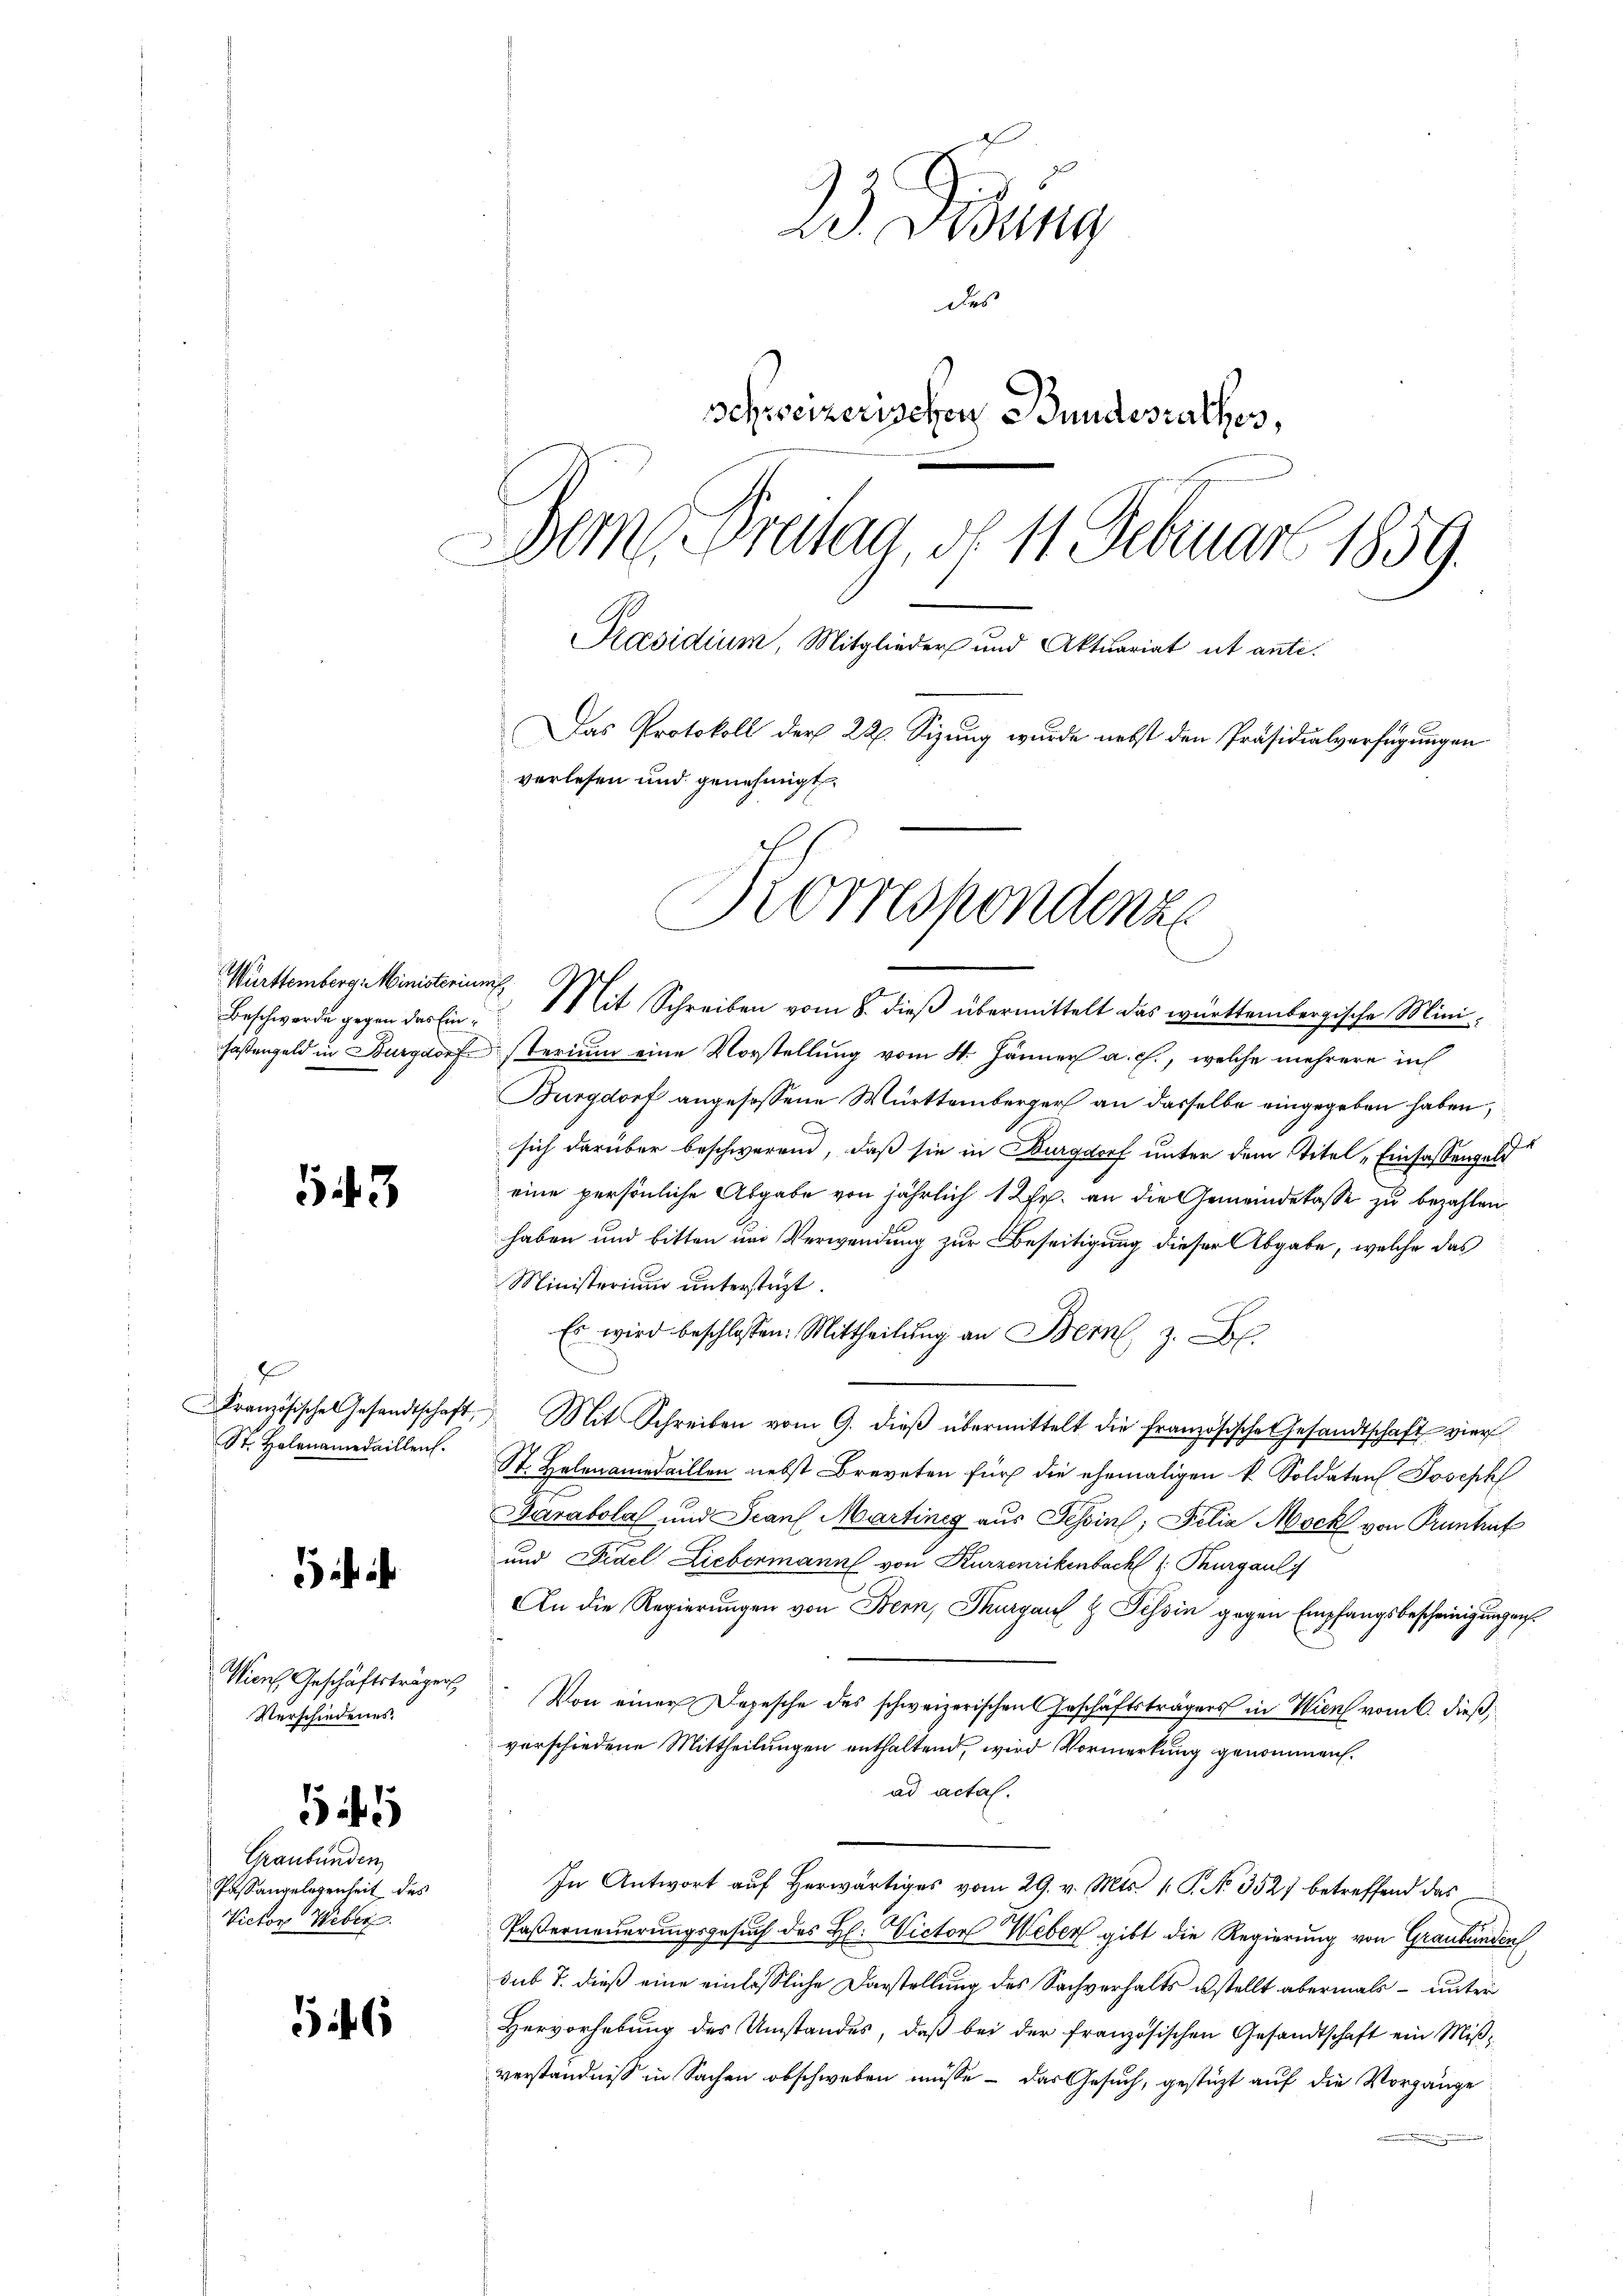
Württemberg: Ministeriums
Beschwerde gegen das Ein¬

543

St. Holznamedaillen.

ist ihr

Wien Geschäftsträgers
Verschiedenes

5

Graubünden
Passangelegenheit des
Victor Weber

546

W. Ordung
das
Schweizerischen Bundesrathes,
Dem Breitag, d. 11. Februar 1859.
Präsidium, Mitglieder und Aktuariat et ante.
Das Protokoll der 22. Sizung wurde nebst den Präsidialverfügungen
verlesen und genehmigt.

Korrespondenze
Mit Schreiben vom 8. dieß übermittelt das württembergische Mini¬

hasengeld in Burgdorf sterium eine Vorstellung vom 4. Jänner a. c., welche mehrere in
Burgdorf angesessene Württemberger an dasselbe eingegeben haben,
C
sich darüber beschwerend, daß sie in Burgdorf unter dem Titel „Einfassengeld
eine persönliche Abgabe von jährlich 1 2fr. an die Gemeindekasse zu bezahlen
haben und bitten und Verwendung zur Beseitigung dieser Abgabe, welche das
Ministerium untersteht.
Es wird beschlossen: Mittheilŭng an Bern, z. B.
Französische Gesandtschaft. Mit Schreiben vom 9. dieß übermittelt die Französische Gesandtschaft vier
St. Helenamedaillen nebst Breveten für die ehemaligen k. Soldaten Joseph
irabola und Scanf Martines aus Tessin, Felia Mock von Pruntrut
und Fidel Liebermann von Kurzenrikenbach Thurgauli
An die Regierungen von Bern, Thurgau & Tessin gegen Empfangsbescheinigungen
Von einer Depesche des schweizerischen Geschäftsträgers in Wien vom 6. dieß,
verschiedene Mittheilungen enthaltend, wird Vormerkung genommen.
ad actal.
In Antwort aŭf herwärtiges vom 29. v. Mts. 1. P. No 352 betreffend das
Pasterneuerungsgesuch des H. Victor Weber gibt die Regierung von Graubünden
sub 7. dieß eine einlässliche Darstellung des Sachverhalts ustellt abermals – unter
Hervorhebung des Umstandes, daß bei der französischen Gesandtschaft ein Mißverständniß in Sachen obschweben müsse - das Gesuch, gestützt auf die Vorgänge